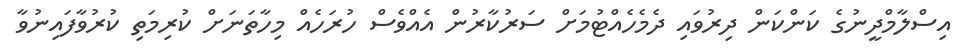
އިސްލާމްދީނުގެ ކަންކަން ދިރުވައި ދެމެހެއްޓުމަށް ސަރުކާރުން އެއްވެސް ހުރަހެއް މިހާތަނަށް ކުރިމަތި ކުރުވާފައިނުވާ